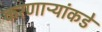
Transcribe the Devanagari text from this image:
करणाऱ्यांकडे